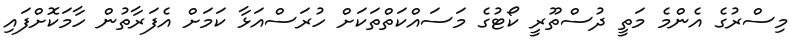
މިސްރުގެ އެންމެ މަތީ ދުސްތޫރީ ކޯޓުގެ މަސައްކަތްތަކަށް ހުރަސްއަޅާ ކަމަށް އެފަރާތުން ހާމަކޮށްފައި